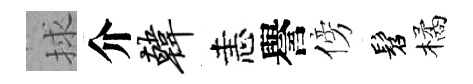
捄介韩恚譽傍髫橘